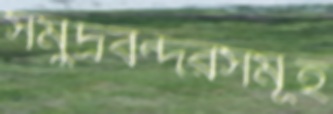
সমুদ্রবন্দরসমূহ